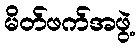
မိတ်ဖက်အဖွဲ့